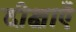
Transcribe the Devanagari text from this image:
दीक्षाएँ